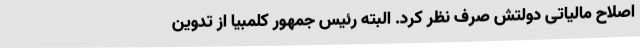
اصلاح مالیاتی دولتش صرف نظر کرد. البته رئیس جمهور کلمبیا از تدوین